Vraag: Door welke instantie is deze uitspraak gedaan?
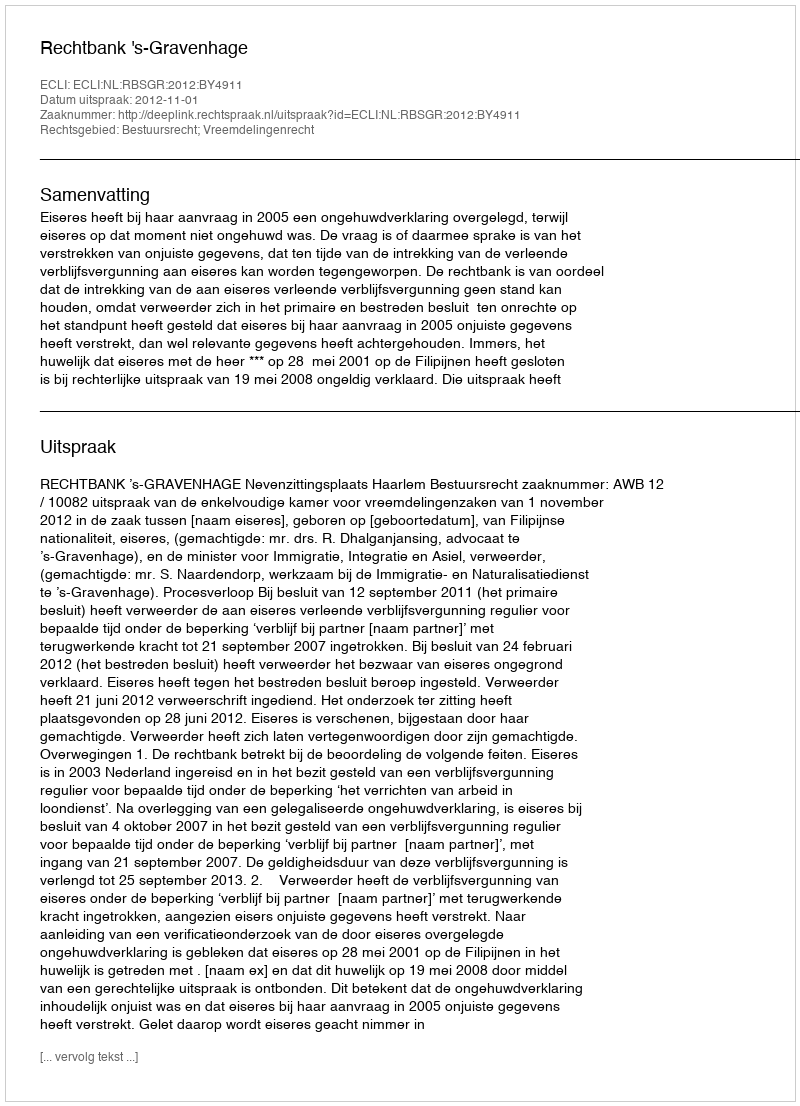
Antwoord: Rechtbank 's-Gravenhage